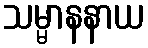
သမ္မာနနာယ